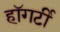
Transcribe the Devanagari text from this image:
हॉगर्टी